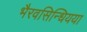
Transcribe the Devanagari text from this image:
भैरवसिन्धियया